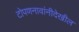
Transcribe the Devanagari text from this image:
टोपणनावांनीदेखील